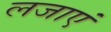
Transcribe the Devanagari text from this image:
लजाएं